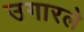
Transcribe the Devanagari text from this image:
उगारले